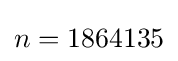
n=1864135